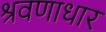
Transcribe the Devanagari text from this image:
श्रवणाधार